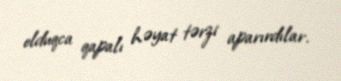
olduqca qapalı həyat tərzi aparırdılar.